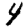
Digit: 4